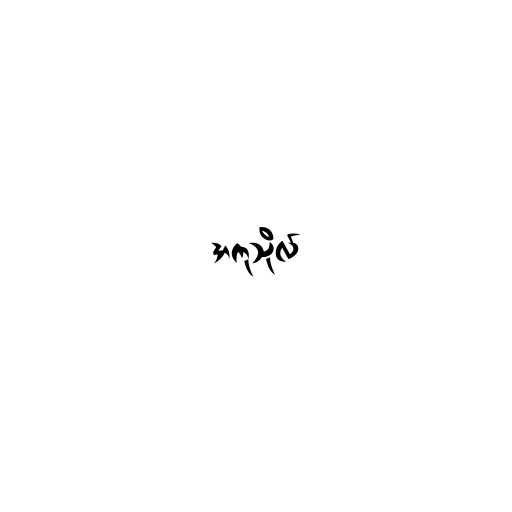
အကုသိုလ်